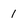
Character: 1